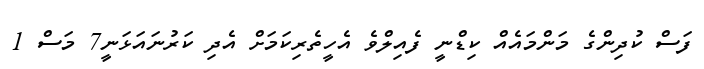
ފަސް ކުދިންގެ މަންމައެއް ކިޑްނީ ފެއިލްވެ އެހީތެރިކަމަށް އެދި ކަރުނައަޅަނީ7 މަސް 1